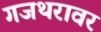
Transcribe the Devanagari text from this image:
गजथरावर